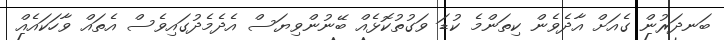
ބަނދަރުން ގެއަށް އާދެވެން ކިތަންމެ ކުޑަ ވަގުތުކޮޅެއް ބޭނުންވިޔަސް އެދެމެދުގައިވެސް އެތައް ވާހަކައެއް